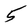
Character: 5